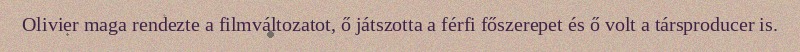
Olivier maga rendezte a filmváltozatot, ő játszotta a férfi főszerepet és ő volt a társproducer is.